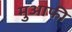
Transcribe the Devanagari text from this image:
मुआफी